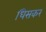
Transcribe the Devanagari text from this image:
धिसकर